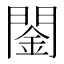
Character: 䦦